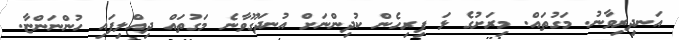
އަނދިރިވާނު. މަގުތައް. މިރަށުގެ ޅަ ފިރިހެން ކުދިންނަށް އުނދަގޫވާނެ މަގުތައް ދިއްލިފައި ހުންނަންޏާ.